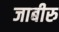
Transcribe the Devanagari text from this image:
जाबीरु